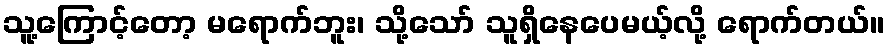
သူ့ကြောင့်တော့ မရောက်ဘူး၊ သို့သော် သူရှိနေပေမယ့်လို့ ရောက်တယ်။